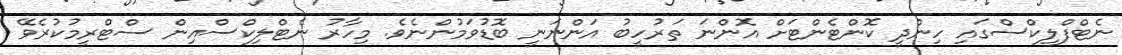
ނެޓްފްލިކްސްގައި ހިންދީ ކޮންޓެންޓަށް އޮންނަ ތަރުހީބު އަންނަނީ ބޮޑުވަމުންނެވެ. މިހާރު ނެޓްްލިކްސްއިން ސްޓްރީމުކުރެވޭ